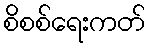
စိစစ်ရေးကတ်